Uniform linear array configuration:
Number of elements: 4
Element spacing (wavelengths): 1
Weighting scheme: cosine
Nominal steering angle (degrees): -60
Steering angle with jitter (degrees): -58.686
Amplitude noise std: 0.05
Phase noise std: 0.05

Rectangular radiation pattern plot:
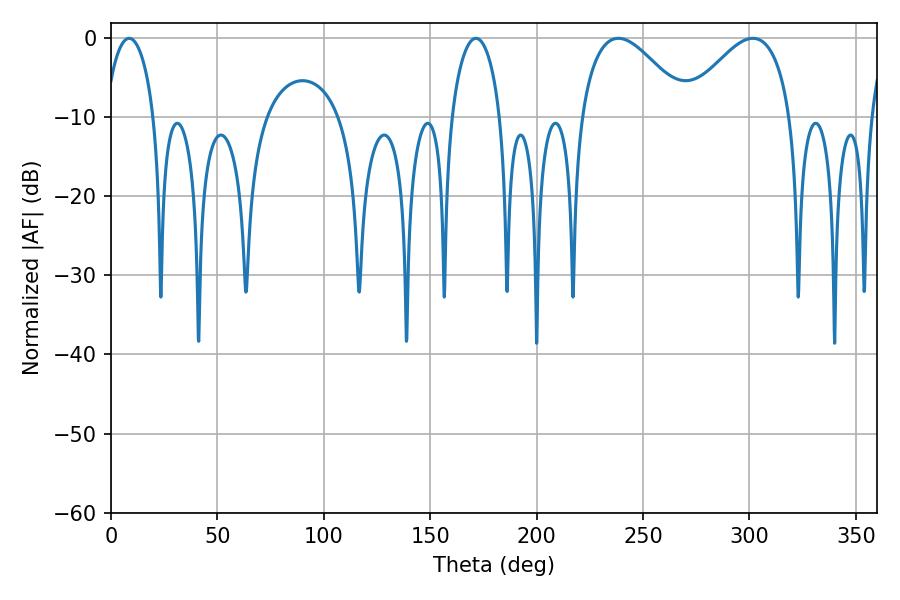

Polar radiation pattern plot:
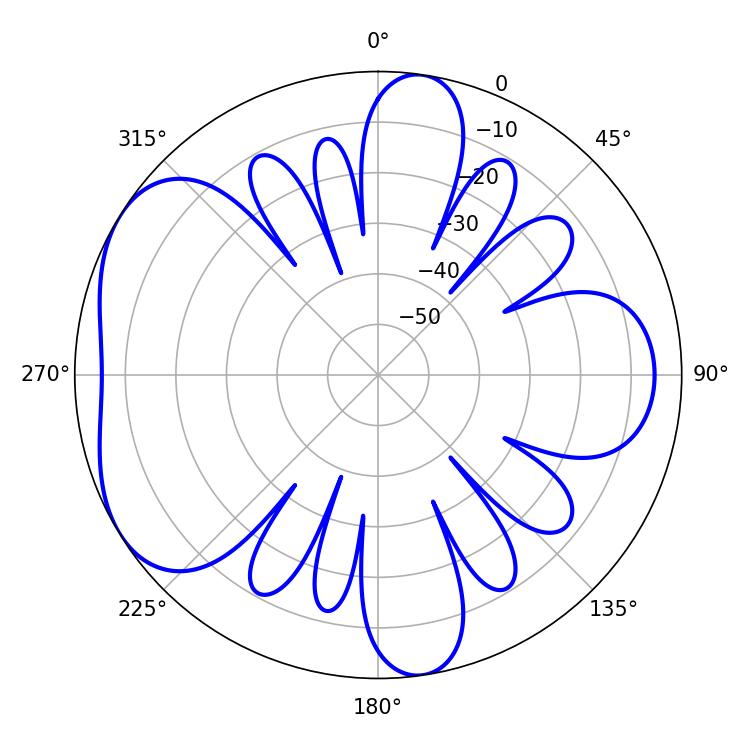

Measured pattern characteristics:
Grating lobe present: TRUE
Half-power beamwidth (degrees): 27.36
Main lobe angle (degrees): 238.32